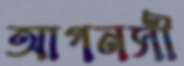
আগনসী